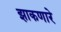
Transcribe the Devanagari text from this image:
झाकणारे